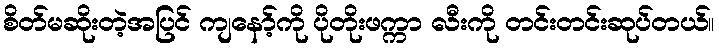
စိတ်မဆိုးတဲ့အပြင် ကျနော့်ကို ပိုတိုးဖက္ကာ လီးကို တင်းတင်းဆုပ်တယ်။